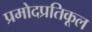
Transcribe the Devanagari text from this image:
प्रमोदप्रतिकूल